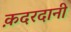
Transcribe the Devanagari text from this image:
क़दरदानी